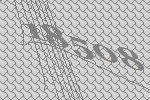
18508